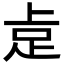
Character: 𮛅